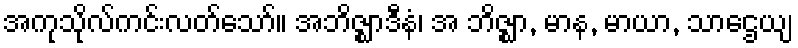
အကုသိုလ်ကင်းလတ်သော်။ အဘိဇ္ဈာဒီနံ၊ အ ဘိဇ္ဈာ, မာန, မာယာ, သာဌေယျ